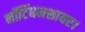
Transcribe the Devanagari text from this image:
नॉटिंघमशायर।